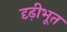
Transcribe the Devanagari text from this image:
दृढ़ीभूत